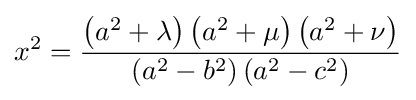
x^{2}={\frac {\left(a^{2}+\lambda \right)\left(a^{2}+\mu \right)\left(a^{2}+\nu \right)}{\left(a^{2}-b^{2}\right)\left(a^{2}-c^{2}\right)}}